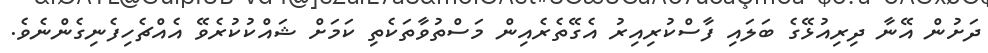
ދަށުން އޭނާ ދިރިއުޅޭގެ ބަލައި ފާސްކުރިއިރު އެގޭތެރެއިން މަސްތުވާތަކެތި ކަމަށް ޝައްކުކުރެވޭ އެއްޗެހިފެނިގެންނެވެ.